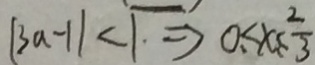
\vert 3 a - 1 \vert < 1 \Rightarrow 0 \leq x \leq \frac { 2 } { 3 }